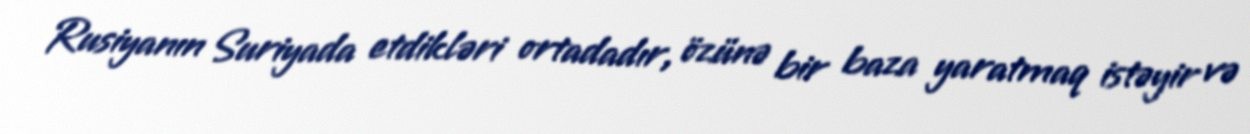
Rusiyanın Suriyada etdikləri ortadadır, özünə bir baza yaratmaq istəyir və